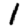
Digit: 1